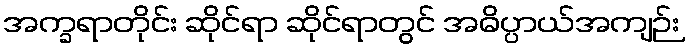
အက္ခရာတိုင်း ဆိုင်ရာ ဆိုင်ရာတွင် အဓိပ္ပာယ်အကျဉ်း